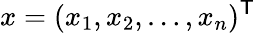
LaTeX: x=(x_{1},x_{2},\ldots,x_{n})^{\mathsf{T}}